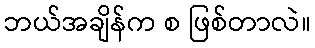
ဘယ်အချိန်က စ ဖြစ်တာလဲ။